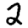
Digit: 2